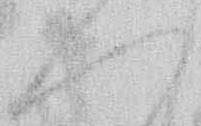
へ